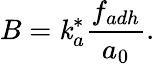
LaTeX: B=\mathit{k}_{a}^{*}\frac{{f_{adh}}}{{a_{0}}}.